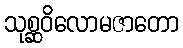
သုစ္ဆဝိလောမဇာတော